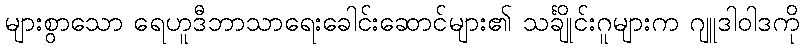
များစွာသော ရေဟူဒီဘာသာရေးခေါင်းဆောင်များ၏ သင်္ချိုင်းဂူများက ဂျူဒါဝါဒကို